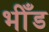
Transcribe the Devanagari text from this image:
भीँड